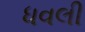
ધવલી